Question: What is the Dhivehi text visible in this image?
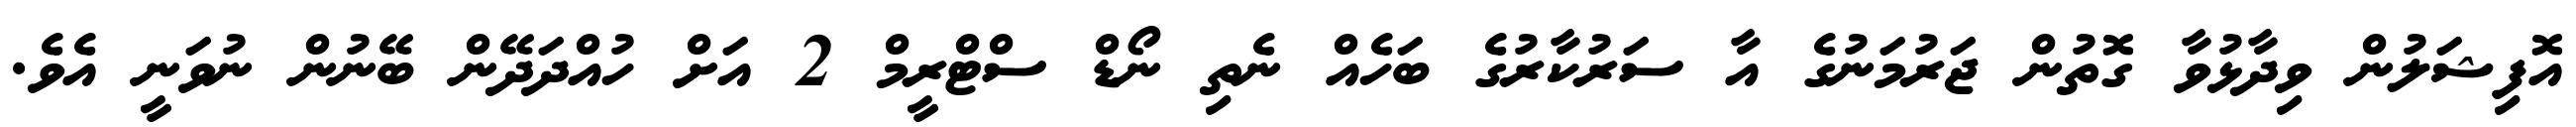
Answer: އޮފިޝަލުން ވިދާޅުވާ ގޮތުން ޖަރުމަނުގެ އާ ސަރުކާރުގެ ބަހެއް ނެތި ނޯޑް ސްޓްރީމް 2 އަށް ހުއްދަދޭން ބޭނުން ނުވަނީ އެވެ.